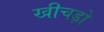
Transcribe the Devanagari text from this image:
खीचड़ो